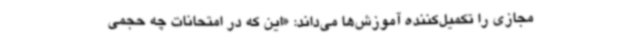
مجازی را تکمیل‌کننده آموزش‌ها می‌داند: «این که در امتحانات چه حجمی